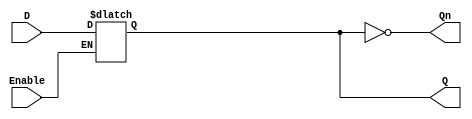
module latch_register (
    input wire D,          // Data Input
    input wire Enable,     // Control Signal
    output reg Q,         // Data Output
    output wire Qn        // Inverted Output
);

// Inverted output
assign Qn = ~Q;

// Latch behavior
always @(*) begin
    if (Enable) begin
        Q = D;           // Capture input when Enable is high
    end
    // When Enable is low, Q retains its previous value
end

endmodule